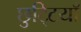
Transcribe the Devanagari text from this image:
छुटि्टयाँ